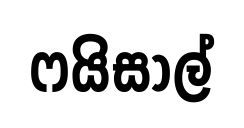
ෆයිසාල්